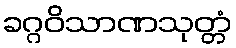
ခဂ္ဂဝိသာဏသုတ္တံ